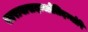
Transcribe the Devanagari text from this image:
स्वरावासदम्भोलिदम्भोपि